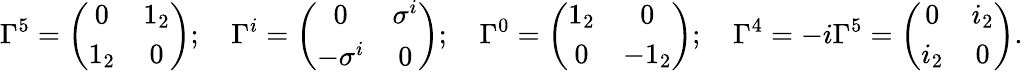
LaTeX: \Gamma^{5}=\left(\begin{array}{cc}{{0}}&{{1_{2}}}\\ {{1_{2}}}&{{0}}\end{array}\right);\quad\Gamma^{i}=\left(\begin{array}{cc}{{0}}&{{\sigma^{i}}}\\ {{-\sigma^{i}}}&{{0}}\end{array}\right);\quad\Gamma^{0}=\left(\begin{array}{cc}{{1_{2}}}&{{0}}\\ {{0}}&{{-1_{2}}}\end{array}\right);\quad\Gamma^{4}=-i\Gamma^{5}=\left(\begin{array}{cc}{{0}}&{{i_{2}}}\\ {{i_{2}}}&{{0}}\end{array}\right).